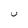
Character: U